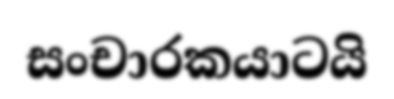
සංචාරකයාටයි